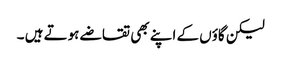
لیکن گاؤں کے اپنے بھی تقاضے ہوتے ہیں ۔